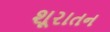
શૂરાતન